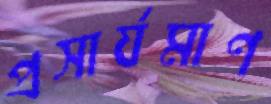
প্রসার্যমাণ